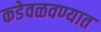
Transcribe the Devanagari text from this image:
कडेवळवण्यात